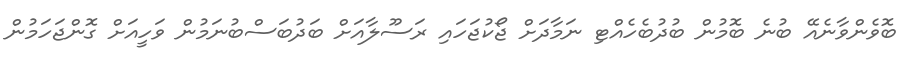
ބޮވެންވާނެއޭ ބުނެ ބޮމުން ބުދުބެހެއްޓި ނަމާދަށް ޖޯކުޖަހައި ރަސޫލާއަށް ބަދުބަސްބުނަމުން ވަހީއަށް ގޮންޖަހަމުން